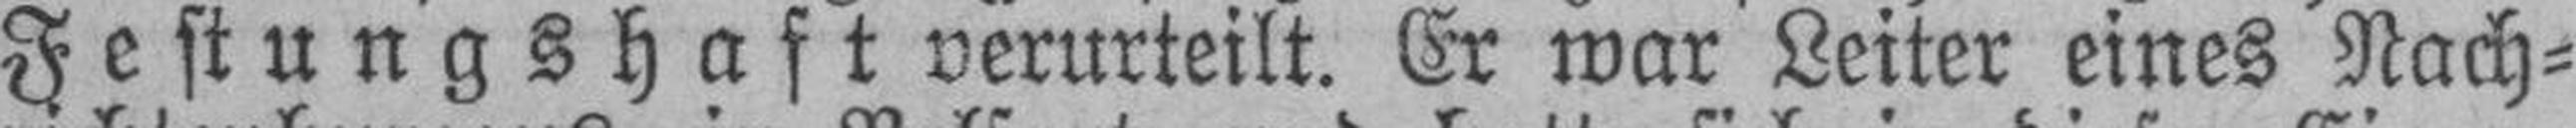
Festungshaft verurteilt. Er war Leiter eines Nach¬